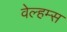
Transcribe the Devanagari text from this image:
वेल्हम्स